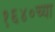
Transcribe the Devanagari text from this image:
१६४०च्या